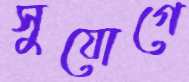
সুযোগে